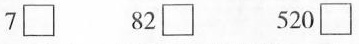
7 \square 82\square 520\square